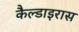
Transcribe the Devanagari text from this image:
कैल्डाइरास